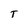
Character: T